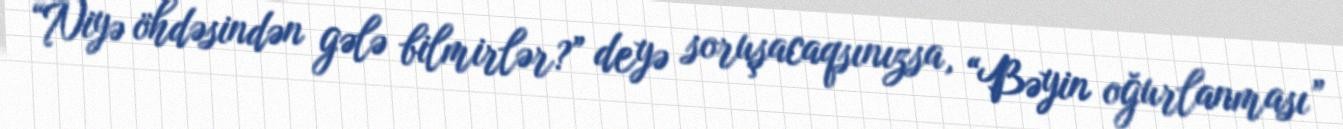
“Niyə öhdəsindən gələ bilmirlər?” deyə soruşacaqsınızsa, “Bəyin oğurlanması”